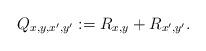
LaTeX: \begin{align*}Q_{x, y,x',y'}:= R_{x,y} + R_{x',y'}.\end{align*}